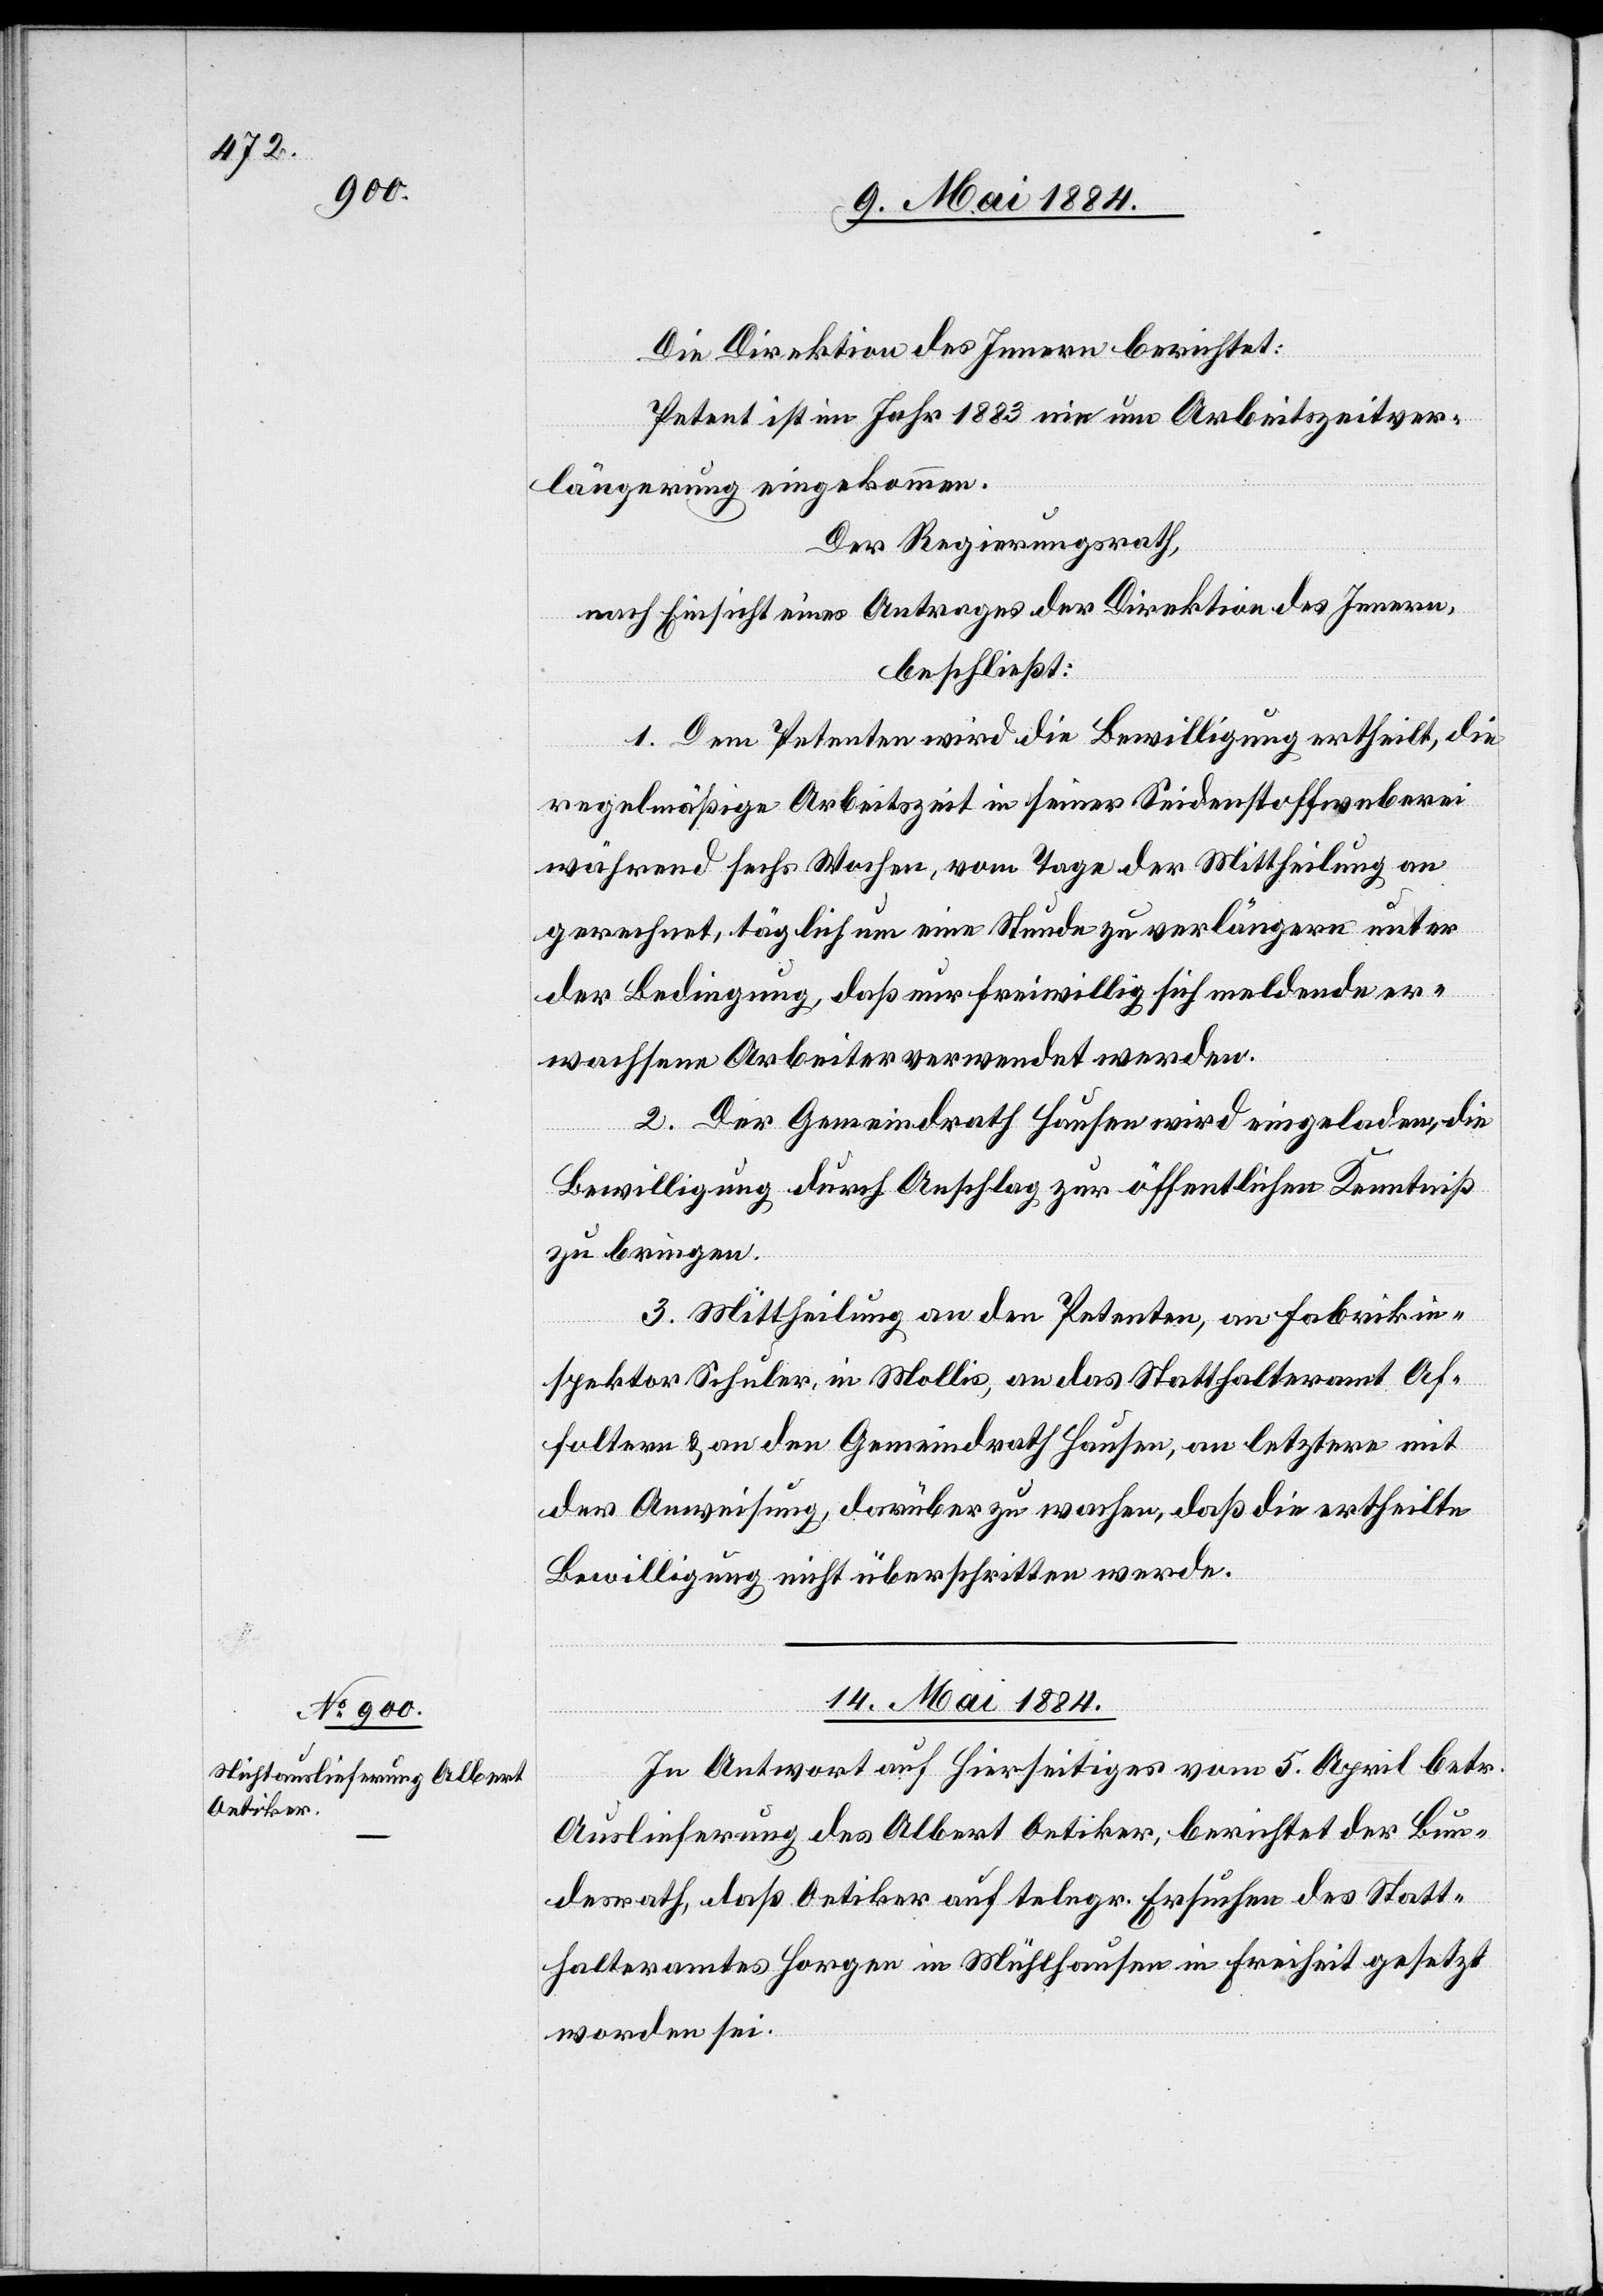
Die Direktion des Innern berichtet:
Petent ist im Jahr 1883 nie um Arbeitszeitver¬
längerung eingekommen.
Der Regierungsrath,
nach Einsicht eines Antrages der Direktion des Innern,
beschließt:
1. Dem Petenten wird die Bewilligung ertheilt, die
regelmäßige Arbeitszeit in seiner Seidenstoffweberei
während sechs Wochen, vom Tage der Mittheilung an
gerechnet, täglich um eine Stunde zu verlängern unter
der Bedingung, daß nur freiwillig sich meldende er¬
wachsene Arbeiter verwendet werden.
2. Der Gemeindrath Hausen wird eingeladen, die
Bewilligung durch Anschlag zur öffentlichen Kenntniß
zu bringen.
3. Mittheilung an den Petenten, an Fabrikin¬
spektor Schuler, in Mollis, an das Statthalteramt Af¬
foltern & an den Gemeindrath Hausen, an letztern mit
der Anweisung darüber zu wachen, daß die ertheilte
Bewilligung nicht überschritten werde.
14. Mai 1884.
In Antwort auf hierseitiges Schreiben vom 5. April betr.
Auslieferung des Albert Oetiker, berichtet der Bun¬
desrath, daß Oetiker auf telegr. Ersuchen des Statt¬
halteramtes Horgen in Mühlhausen in Freiheit gesetzt
worden sei.